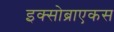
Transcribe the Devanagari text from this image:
इक्सोब्राएकस